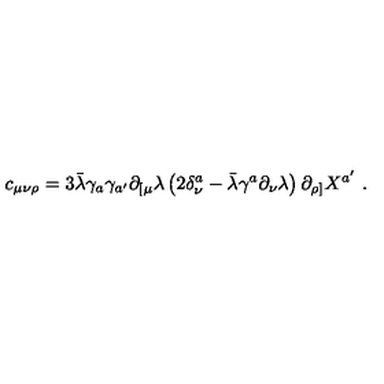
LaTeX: c _ { \mu \nu \rho } = 3 \bar { \lambda } \gamma _ { a } \gamma _ { a ^ { \prime } } \partial _ { [ \mu } \lambda \left( 2 \delta _ { \nu } ^ { a } - \bar { \lambda } \gamma ^ { a } \partial _ { \nu } \lambda \right) \partial _ { \rho ] } X ^ { a ^ { \prime } } \ .